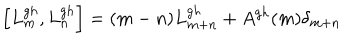
\left[ L _ { m } ^ { g h } , L _ { n } ^ { g h } \right] = ( m - n ) L _ { m + n } ^ { g h } + A ^ { g h } ( m ) \delta _ { m + n }